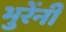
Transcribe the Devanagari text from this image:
भुरेंनी